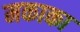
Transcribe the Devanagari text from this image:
मकाका